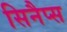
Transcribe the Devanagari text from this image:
सिनैप्स